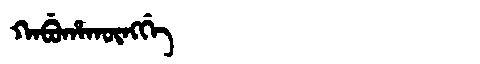
Manchu: ᡴᠠᠪᡠᡥᠠᡴᡡᠩᡤᡝ
Romanization: KABUHAKŪNGGE